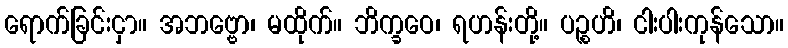
ရောက်ခြင်းငှာ။ အဘဗ္ဗော၊ မထိုက်။ ဘိက္ခဝေ၊ ရဟန်းတို့။ ပဉ္စဟိ၊ ငါးပါးကုန်သော။